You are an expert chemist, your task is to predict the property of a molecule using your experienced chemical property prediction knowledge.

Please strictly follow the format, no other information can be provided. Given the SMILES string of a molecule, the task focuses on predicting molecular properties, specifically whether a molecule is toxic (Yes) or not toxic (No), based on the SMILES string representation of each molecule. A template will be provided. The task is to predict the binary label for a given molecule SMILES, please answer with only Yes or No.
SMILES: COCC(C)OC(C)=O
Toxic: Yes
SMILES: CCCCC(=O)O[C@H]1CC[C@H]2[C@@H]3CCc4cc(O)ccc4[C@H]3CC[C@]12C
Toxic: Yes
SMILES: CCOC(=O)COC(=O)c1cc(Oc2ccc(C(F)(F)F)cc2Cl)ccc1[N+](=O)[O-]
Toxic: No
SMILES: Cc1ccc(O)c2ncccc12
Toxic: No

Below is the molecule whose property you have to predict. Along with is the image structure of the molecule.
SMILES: O=S(O)CO[Na]
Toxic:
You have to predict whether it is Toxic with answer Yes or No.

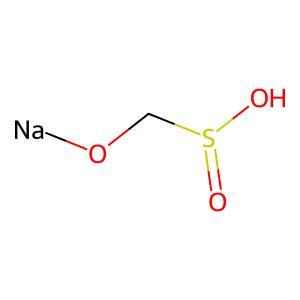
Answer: No